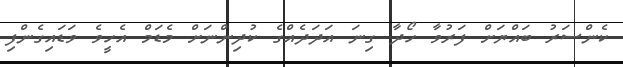
ކެންސަރު ބައްޔަށް ފަރުވާ ހޯދާ ގިނަ އަދަދެއްގެ ކުދިންނަށް މެޑަމް އެހީވެ ވަޑައިގެންފި